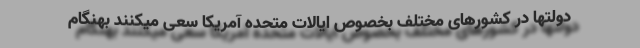
دولتها در کشورهای مختلف بخصوص ایالات متحده آمریکا سعی میکنند بهنگام